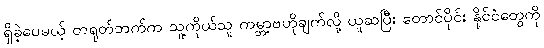
ရှိခဲ့ပေမယ့် တရုတ်ဘက်က သူ့ကိုယ်သူ ကမ္ဘာ့ဗဟိုချက်လို့ ယူဆပြီး တောင်ပိုင်း နိုင်ငံတွေကို